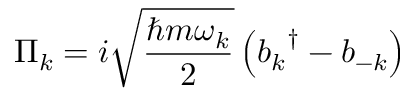
\Pi _ { k } = i { \sqrt { \frac { \hbar m \omega _ { k } } { 2 } } } \left( { b _ { k } } ^ { \dagger } - b _ { - k } \right)